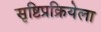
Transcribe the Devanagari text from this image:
सृष्टिप्रक्रियेला